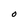
Character: O